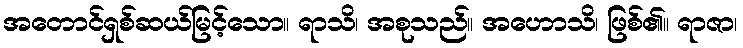
အတောင်ရှစ်ဆယ်မြင့်သော။ ရာသိ၊ အစုသည်။ အဟောသိ၊ ဖြစ်၏။ ရာဇာ၊